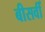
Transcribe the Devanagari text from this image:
बीसवीँ